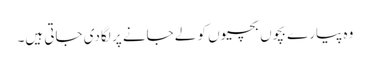
وہ پیارے بچوں بچیوں کو لے جانے پر لگادی جاتی ہیں۔